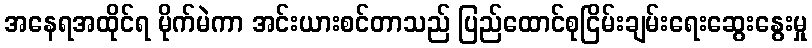
အနေရအထိုင်ရ မိုက်မဲကာ အင်းယားစင်တာသည် ပြည်ထောင်စုငြိမ်းချမ်းရေးဆွေးနွေးမှု